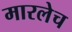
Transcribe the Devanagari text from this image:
मारलेच